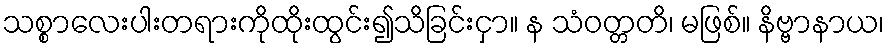
သစ္စာလေးပါးတရားကိုထိုးထွင်း၍သိခြင်းငှာ။ န သံဝတ္တတိ၊ မဖြစ်။ နိဗ္ဗာနာယ၊